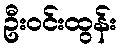
ဦးဝင်းထွန်း